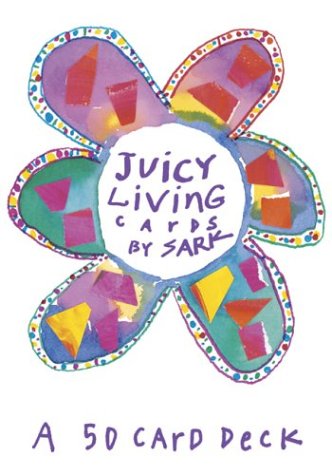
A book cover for Juicy Living Cards (Large Card Decks); Sark; Self-Help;